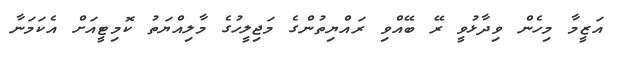
އަޒީމާ މިހެން ވިދާޅުވީ ރޭ ބޭއްވި ރައްޔިތުންގެ މަޖިލީހުގެ މާލިއްޔަތު ކޮމިޓީއަށް އެކަމަނާ